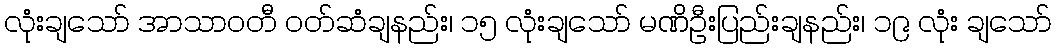
လုံးချသော် အာသာဝတီ ဝတ်ဆံချနည်း၊ ၁၅ လုံးချသော် မဏိဦးပြည်းချနည်း၊ ၁၉ လုံး ချသော်